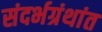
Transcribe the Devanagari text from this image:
संदर्भग्रंथांत